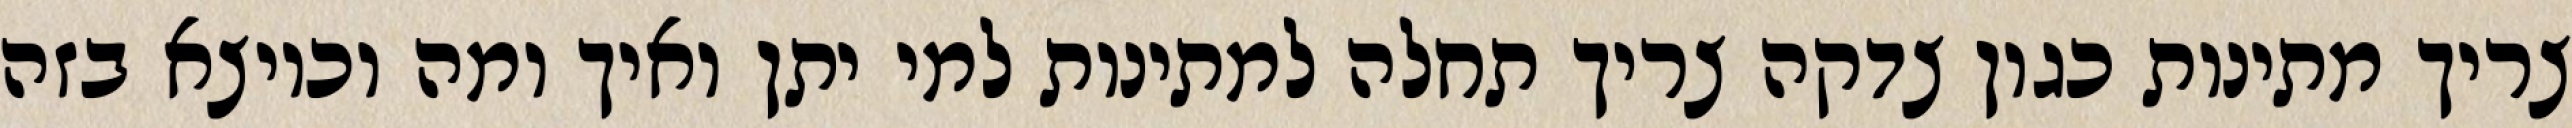
צריך מתינות כגון צדקה צריך תחלה למתינות למי יתן ואיך ומה וכיוצא בזה